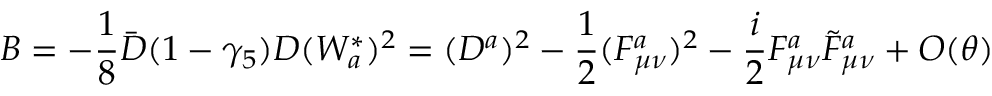
B = - \frac { 1 } { 8 } \bar { D } ( 1 - \gamma _ { 5 } ) D ( W _ { a } ^ { * } ) ^ { 2 } = ( D ^ { a } ) ^ { 2 } - \frac { 1 } { 2 } ( F _ { \mu \nu } ^ { a } ) ^ { 2 } - \frac { i } { 2 } F _ { \mu \nu } ^ { a } \tilde { F } _ { \mu \nu } ^ { a } + O ( \theta )